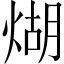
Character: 煳